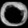
Digit: ၀